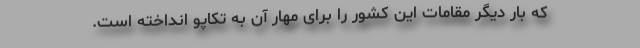
که بار دیگر مقامات این کشور را برای مهار آن به تکاپو انداخته است.